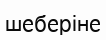
шеберіне